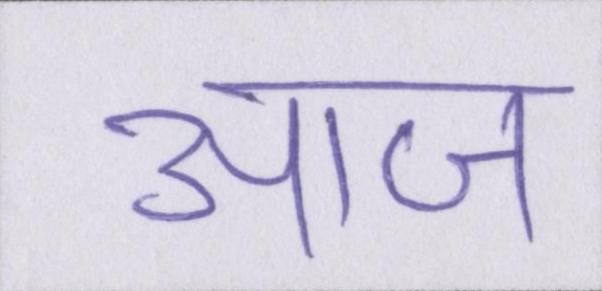
आज